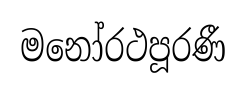
මනෝරථපූරණී